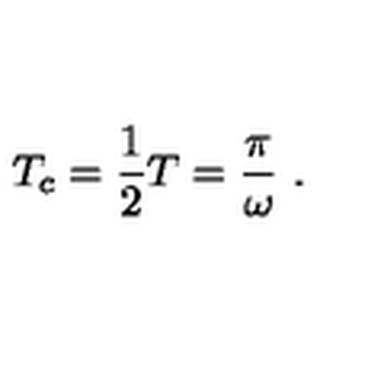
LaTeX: T _ { c } = \frac { 1 } { 2 } T = \frac { \pi } { \omega } \ .